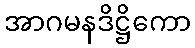
အာဂမနဒိဋ္ဌိကော